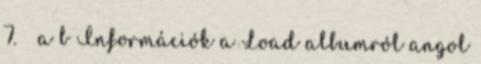
7. ↑ a b Információk a Load albumról angol